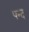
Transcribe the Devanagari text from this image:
पन्द